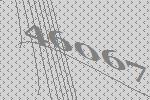
46067